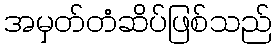
အမှတ်တံဆိပ်ဖြစ်သည်